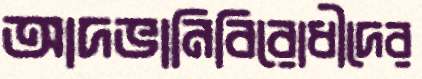
আদভানিবিরোধীদের